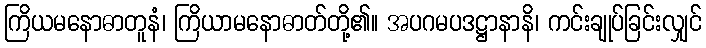
ကြိယမနောဓာတူနံ၊ ကြိယာမနောဓာတ်တို့၏။ အပဂမပဒဋ္ဌာနာနိ၊ ကင်းချုပ်ခြင်းလျှင်